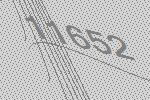
11652